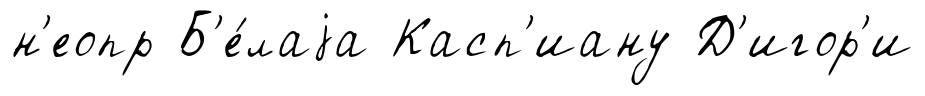
н'еопр Б'е́лаjа Касп'иану Д'игор'и